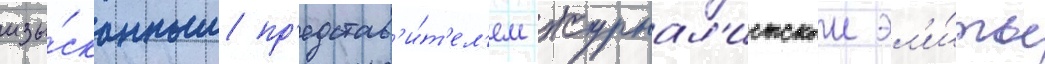
изы́сканным пр'едстав'и́т'ел'ем журнал'истскои эл'и́ты